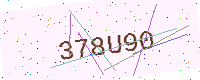
Text: 378U90